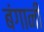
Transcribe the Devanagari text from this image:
बंगानी